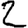
Digit: 2